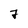
Character: 7